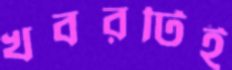
খবরটিই